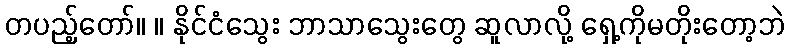
တပည့်တော်။ ။ နိုင်ငံသွေး ဘာသာသွေးတွေ ဆူလာလို့ ရှေ့ကိုမတိုးတော့ဘဲ